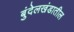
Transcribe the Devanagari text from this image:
बुंदेलखंडातील